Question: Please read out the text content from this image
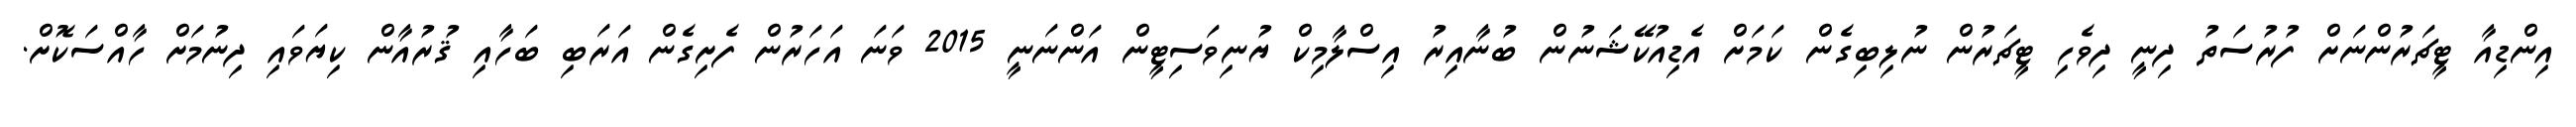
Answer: އިންޑިއާ ޓީޗަރުންނަށް ފުރުސަތު ދިނީ ދިވެހި ޓީޗަރުން ނުލިބިގެން ކަމަށް އެޑިއުކޭޝަނުން ބުނާއިރު އިސްލާމިކް ޔުނިވަސިޓީން އަންނަނީ 2015 ވަނަ އަހަރުން ފެށިގެން އަރަބި ބަހާއި ޤުރުއާން ކިޔަވައި ދިނުމަށް ހާއްސަކޮށް.